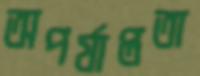
অপর্যাপ্ততা